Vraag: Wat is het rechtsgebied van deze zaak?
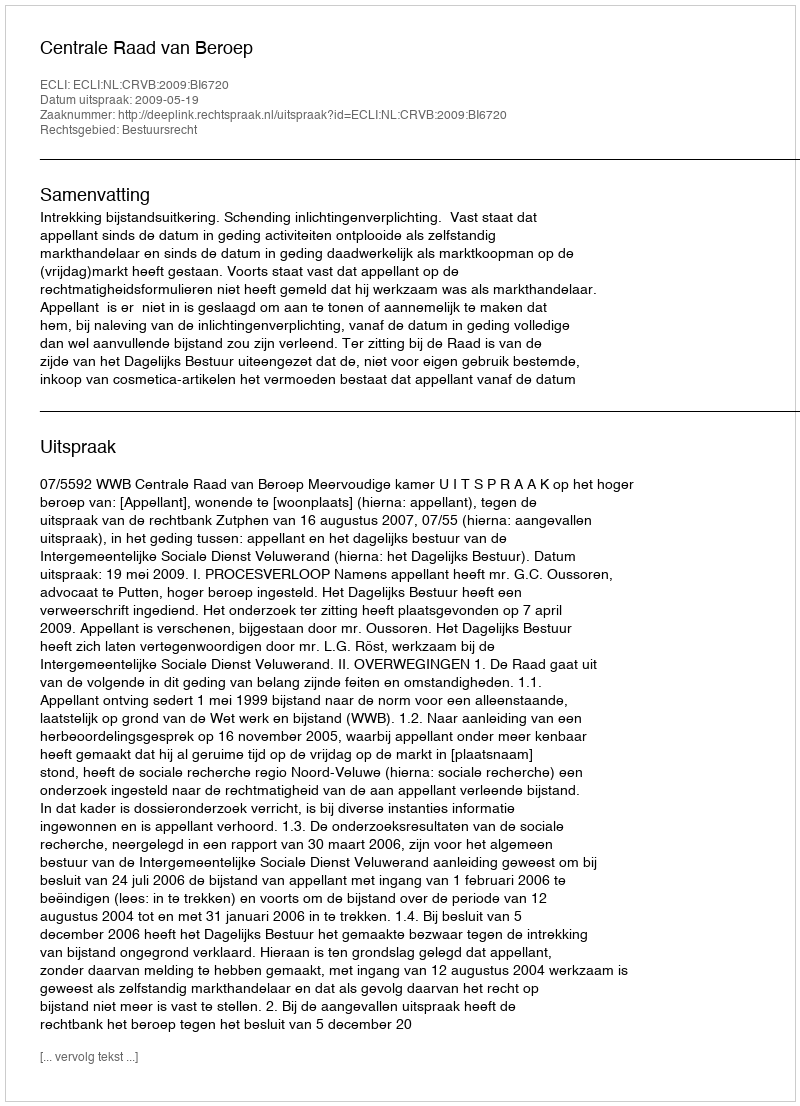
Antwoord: Bestuursrecht